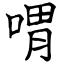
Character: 喟